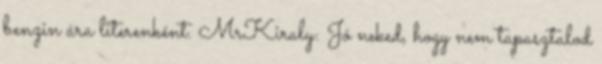
benzin ára literenként. MrKiraly: Jó neked, hogy nem tapasztalod